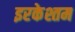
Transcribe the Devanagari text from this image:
इरकेश्तम